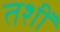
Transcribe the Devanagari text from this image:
तशीं